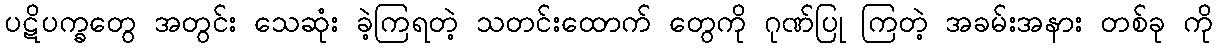
ပဋိပက္ခတွေ အတွင်း သေဆုံး ခဲ့ကြရတဲ့ သတင်းထောက် တွေကို ဂုဏ်ပြု ကြတဲ့ အခမ်းအနား တစ်ခု ကို